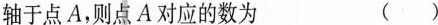
轴于点A，则点A对应的数为 ( )